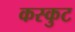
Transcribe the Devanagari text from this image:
कस्कुट